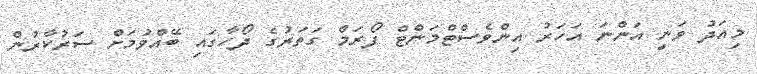
މިއަދު ވަނީ އަންނަ އަހަރު އިންވެސްޓްމަންޓް ފޯރަމް ގަތަރުގެ ދޯހާގައި ބޭއްވުމަށް ސަރުކާރުން